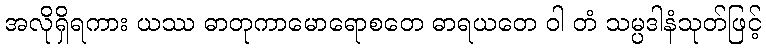
အလိုရှိရကား ယဿ ဓာတုကာမောရောစတေ ဓာရယတေ ဝါ တံ သမ္ပဒါနံသုတ်ဖြင့်